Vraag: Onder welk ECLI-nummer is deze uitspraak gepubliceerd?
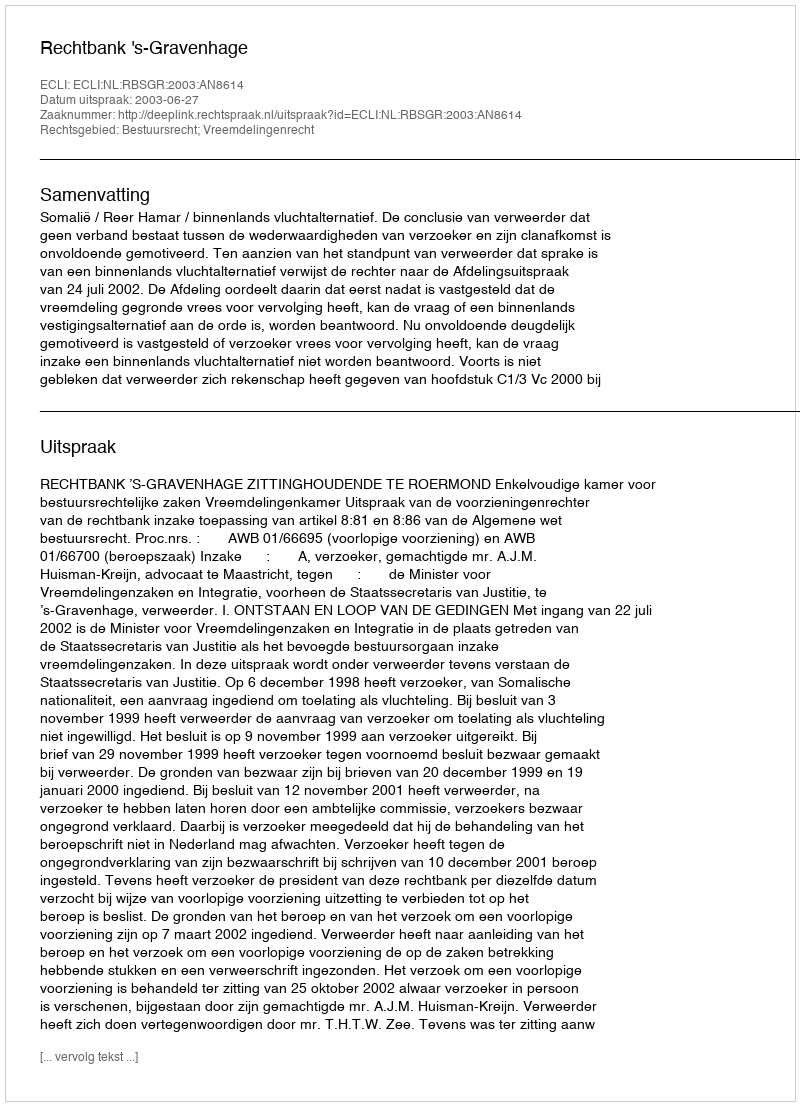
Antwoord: ECLI:NL:RBSGR:2003:AN8614